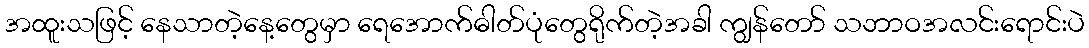
အထူးသဖြင့် နေသာတဲ့နေ့တွေမှာ ရေအောက်ဓါတ်ပုံတွေရိုက်တဲ့အခါ ကျွန်တော် သဘာဝအလင်းရောင်းပဲ